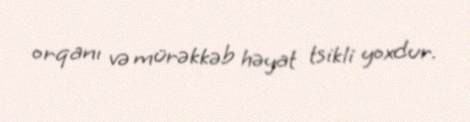
orqanı və mürəkkəb həyat tsikli yoxdur.